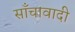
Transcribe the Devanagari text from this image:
साँचावादी